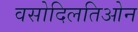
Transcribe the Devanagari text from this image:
वसोदिलतिओन